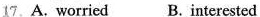
17. A. Worried B.interested